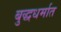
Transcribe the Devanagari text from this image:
बुद्धधर्मात